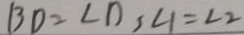
B D = \angle D , \angle 1 = \angle 2